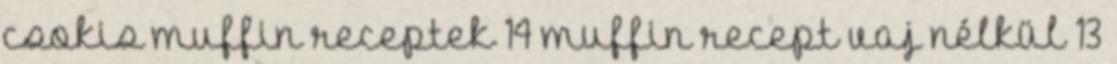
csokis muffin receptek 14 muffin recept vaj nélkül 13